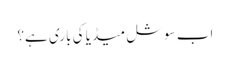
اب سوشل میڈیا کی باری ہے؟